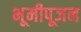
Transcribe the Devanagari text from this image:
भूमीपूजन